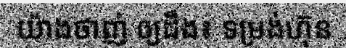
យ៉ាងថាញ់ ឲ្យដឹង៖ ទម្រង់ហ៊ុន